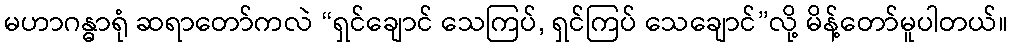
မဟာဂန္ဓာရုံ ဆရာတော်ကလဲ “ရှင်ချောင် သေကြပ်, ရှင်ကြပ် သေချောင်”လို့ မိန့်တော်မူပါတယ်။